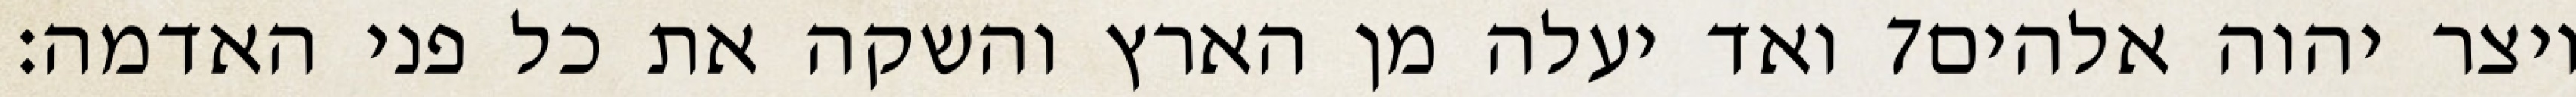
ואד יעלה מן הארץ והשקה את כל פני האדמה׃ ‎7‏ ויצר יהוה אלהים